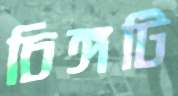
চিঙ্গটি